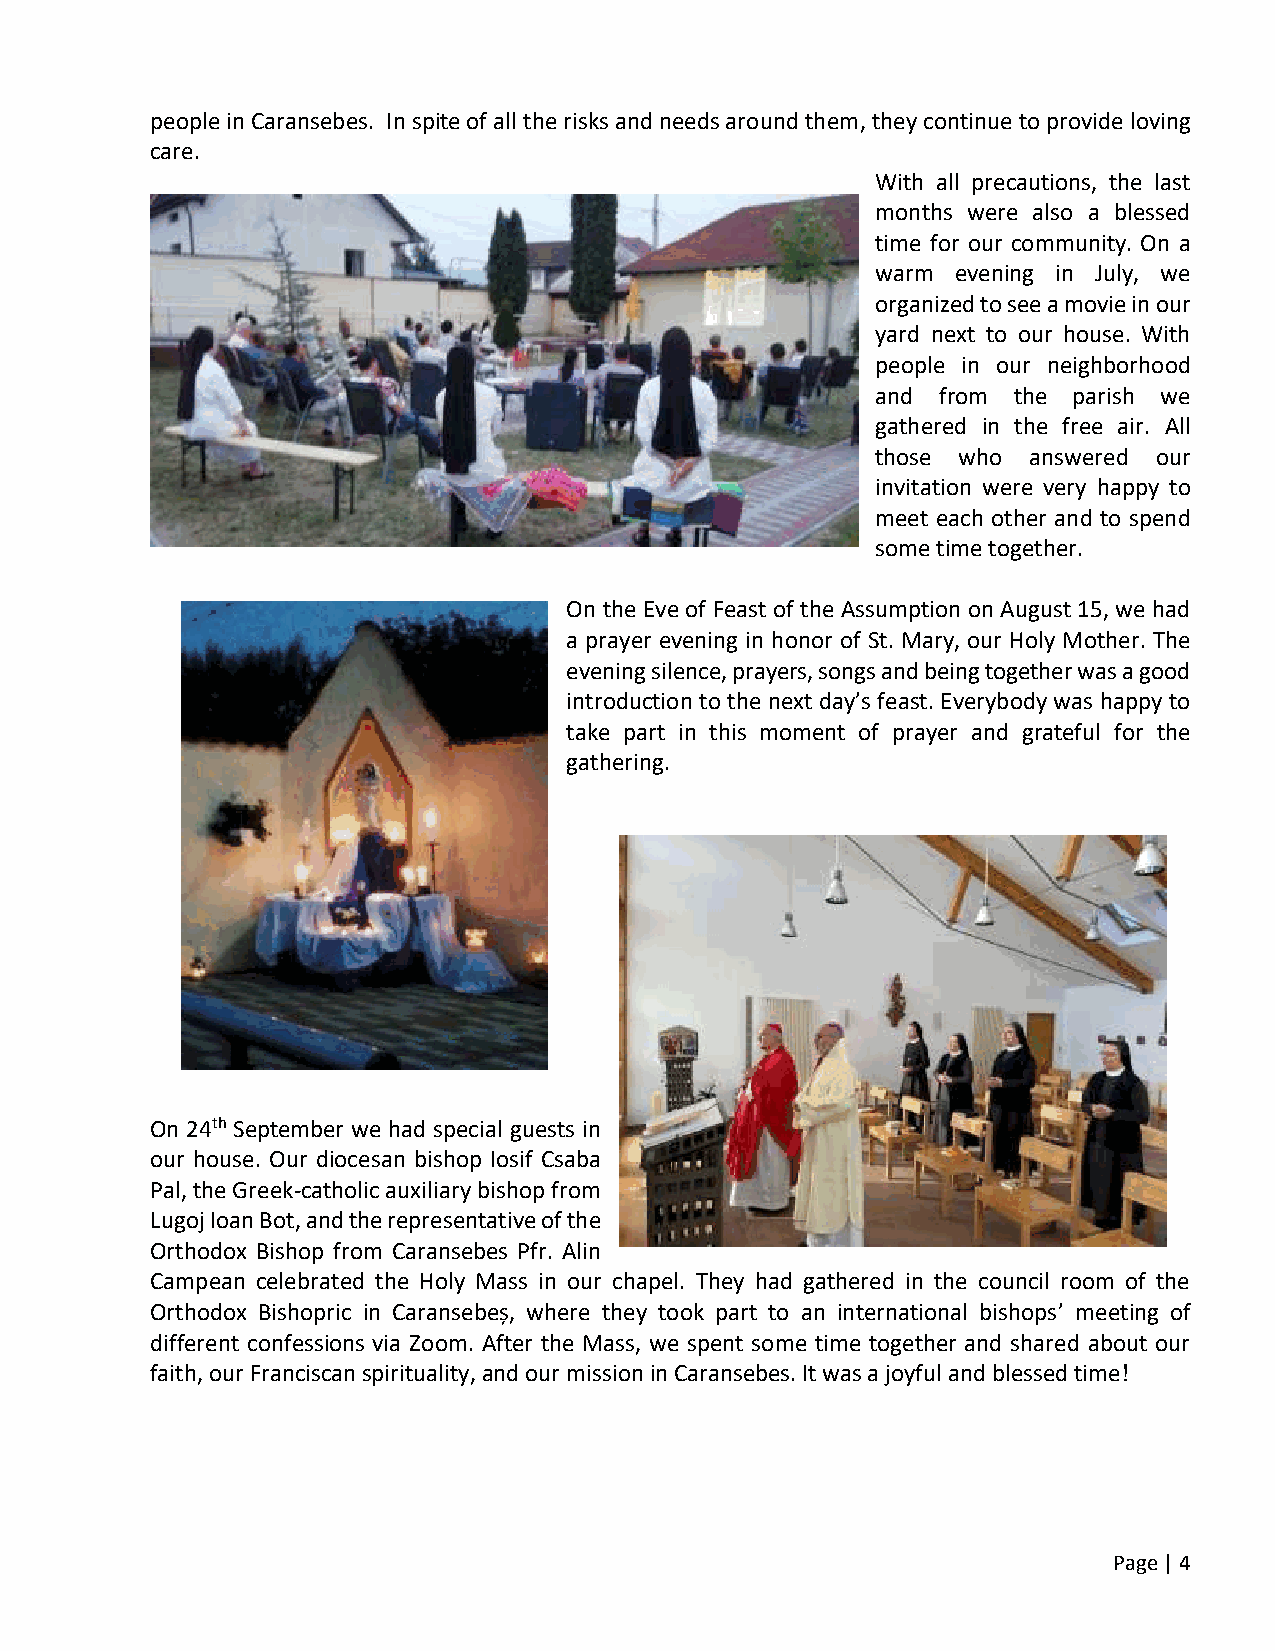
people in Caransebes. In spite of all the risks and needs around them, they continue to provide loving
 care.
 With all precautions, the last
 months were also a blessed
 time for our community. On a
 warm evening in July, we
 organized to see a movie in our
 yard next to our house. With
 people in our neighborhood
 and from the parish we
 gathered in the free air. All
 those who answered our
 invitation were very happy to
 meet each other and to spend
 some time together.
 On the Eve of Feast of the Assumption on August 15, we had
 a prayer evening in honor of St. Mary, our Holy Mother. The
 evening silence, prayers, songs and being together was a good
 introduction to the next day’s feast. Everybody was happy to
 take part in this moment of prayer and grateful for the
 gathering.
 On 24th September we had special guests in
 our house. Our diocesan bishop Iosif Csaba
 Pal, the Greek-catholic auxiliary bishop from
 Lugoj Ioan Bot, and the representative of the
 Orthodox Bishop from Caransebes Pfr. Alin
 Campean celebrated the Holy Mass in our chapel. They had gathered in the council room of the
 Orthodox Bishopric in Caransebeș, where they took part to an international bishops’ meeting of
 different confessions via Zoom. After the Mass, we spent some time together and shared about our
 faith, our Franciscan spirituality, and our mission in Caransebes. It was a joyful and blessed time!
 Page | 4